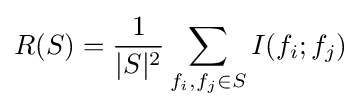
R(S)={\frac {1}{|S|^{2}}}\sum _{f_{i},f_{j}\in S}I(f_{i};f_{j})